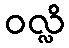
ဝလ္လိ